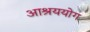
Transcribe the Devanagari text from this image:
आश्रययोग